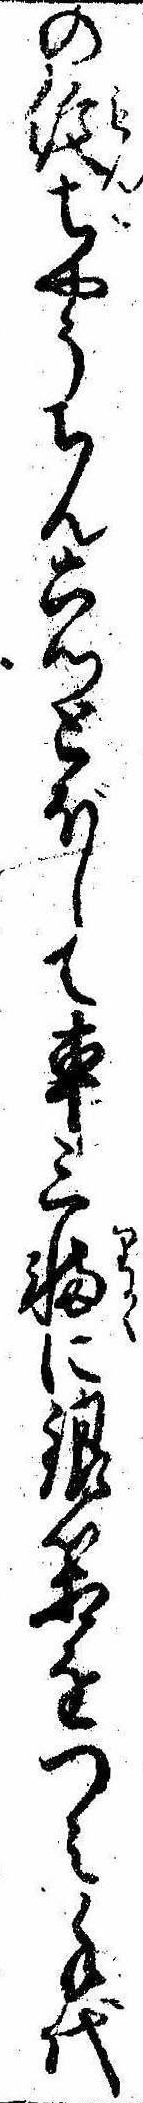
の紋ちやうちん六ッとぼして車三輛に銀箱をつみ手代